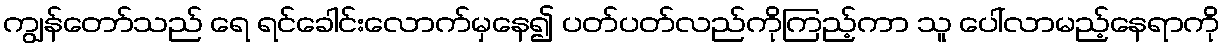
ကျွန်တော်သည် ရေ ရင်ခေါင်းလောက်မှနေ၍ ပတ်ပတ်လည်ကိုကြည့်ကာ သူ ပေါ်လာမည့်နေရာကို